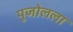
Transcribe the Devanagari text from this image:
पुजोलला